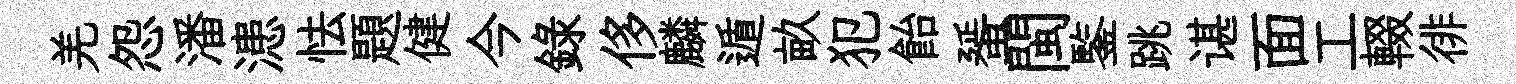
羌怨潘漶怯題健今録侈麟遁畝犯飴蜑閩鍳跳谌面工輟徘